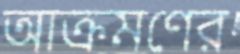
আক্রমণের